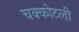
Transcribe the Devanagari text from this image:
चक्कोटली